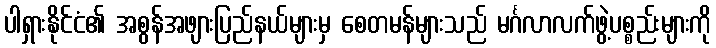
ပါရှားနိုင်ငံ၏ အစွန်အဖျားပြည်နယ်များမှ စေတမန်များသည် မင်္ဂလာလက်ဖွဲ့ပစ္စည်းများကို